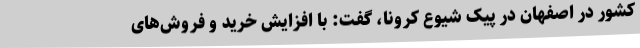
کشور در اصفهان در پیک شیوع کرونا، گفت: با افزایش خرید و فروش‌های